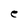
Character: e